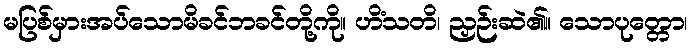
မပြစ်မှားအပ်သောမိခင်ဘခင်တို့ကို။ ဟိံသတိ၊ ညှဉ်းဆဲ၏။ သောပုတ္တော၊